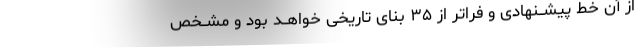
از آن خط پیشــنهادی و فراتر از ۳۵ بنای تاریخی خواهــد بود و مشــخص